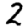
Digit: 2